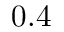
0 . 4